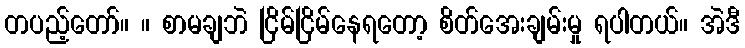
တပည့်တော်။ ။ စာမချဘဲ ငြိမ်ငြိမ်နေရတော့ စိတ်အေးချမ်းမှု ရပါတယ်။ အဲဒီ